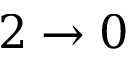
2 \rightarrow 0